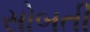
સોબતી